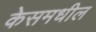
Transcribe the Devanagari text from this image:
केसमधील